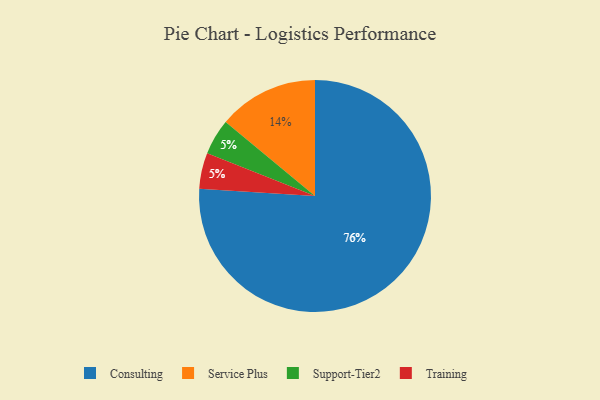
{"axis": {"x": "Category", "y": "Percentage"}, "legend": ["Consulting", "Service Plus", "Support-Tier2", "Training"], "data": [{"x": "Service Plus", "y": 14, "type": "Service Plus"}, {"x": "Support-Tier2", "y": 5, "type": "Support-Tier2"}, {"x": "Consulting", "y": 76, "type": "Consulting"}, {"x": "Training", "y": 5, "type": "Training"}]}